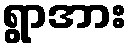
ရွာအား